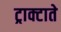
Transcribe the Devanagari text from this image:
ट्राक्टाते